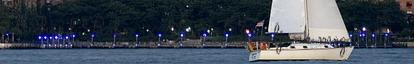
Richard Rohr - Most - Tanuljunk meg látni a